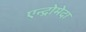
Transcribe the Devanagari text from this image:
एन्द्रोमेदा